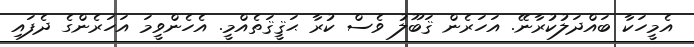
އެމީހަކާ ބައްދަލުކުރާނޭ. އަހަރެން ޤަބޫލު ވެސް ކުރާ ޙަޤީޤަތެއްމީ. އެހެންވީމަ އަހަރެންގެ ދެފައި